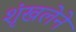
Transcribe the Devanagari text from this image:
शृंखलेने